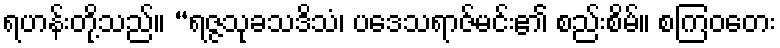
ရဟန်းတို့သည်။ “ရဇ္ဇသုခသဒိသံ၊ ပဒေသရာဇ်မင်း၏ စည်းစိမ်။ စကြဝတေး